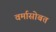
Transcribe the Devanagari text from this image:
वर्मासोबत